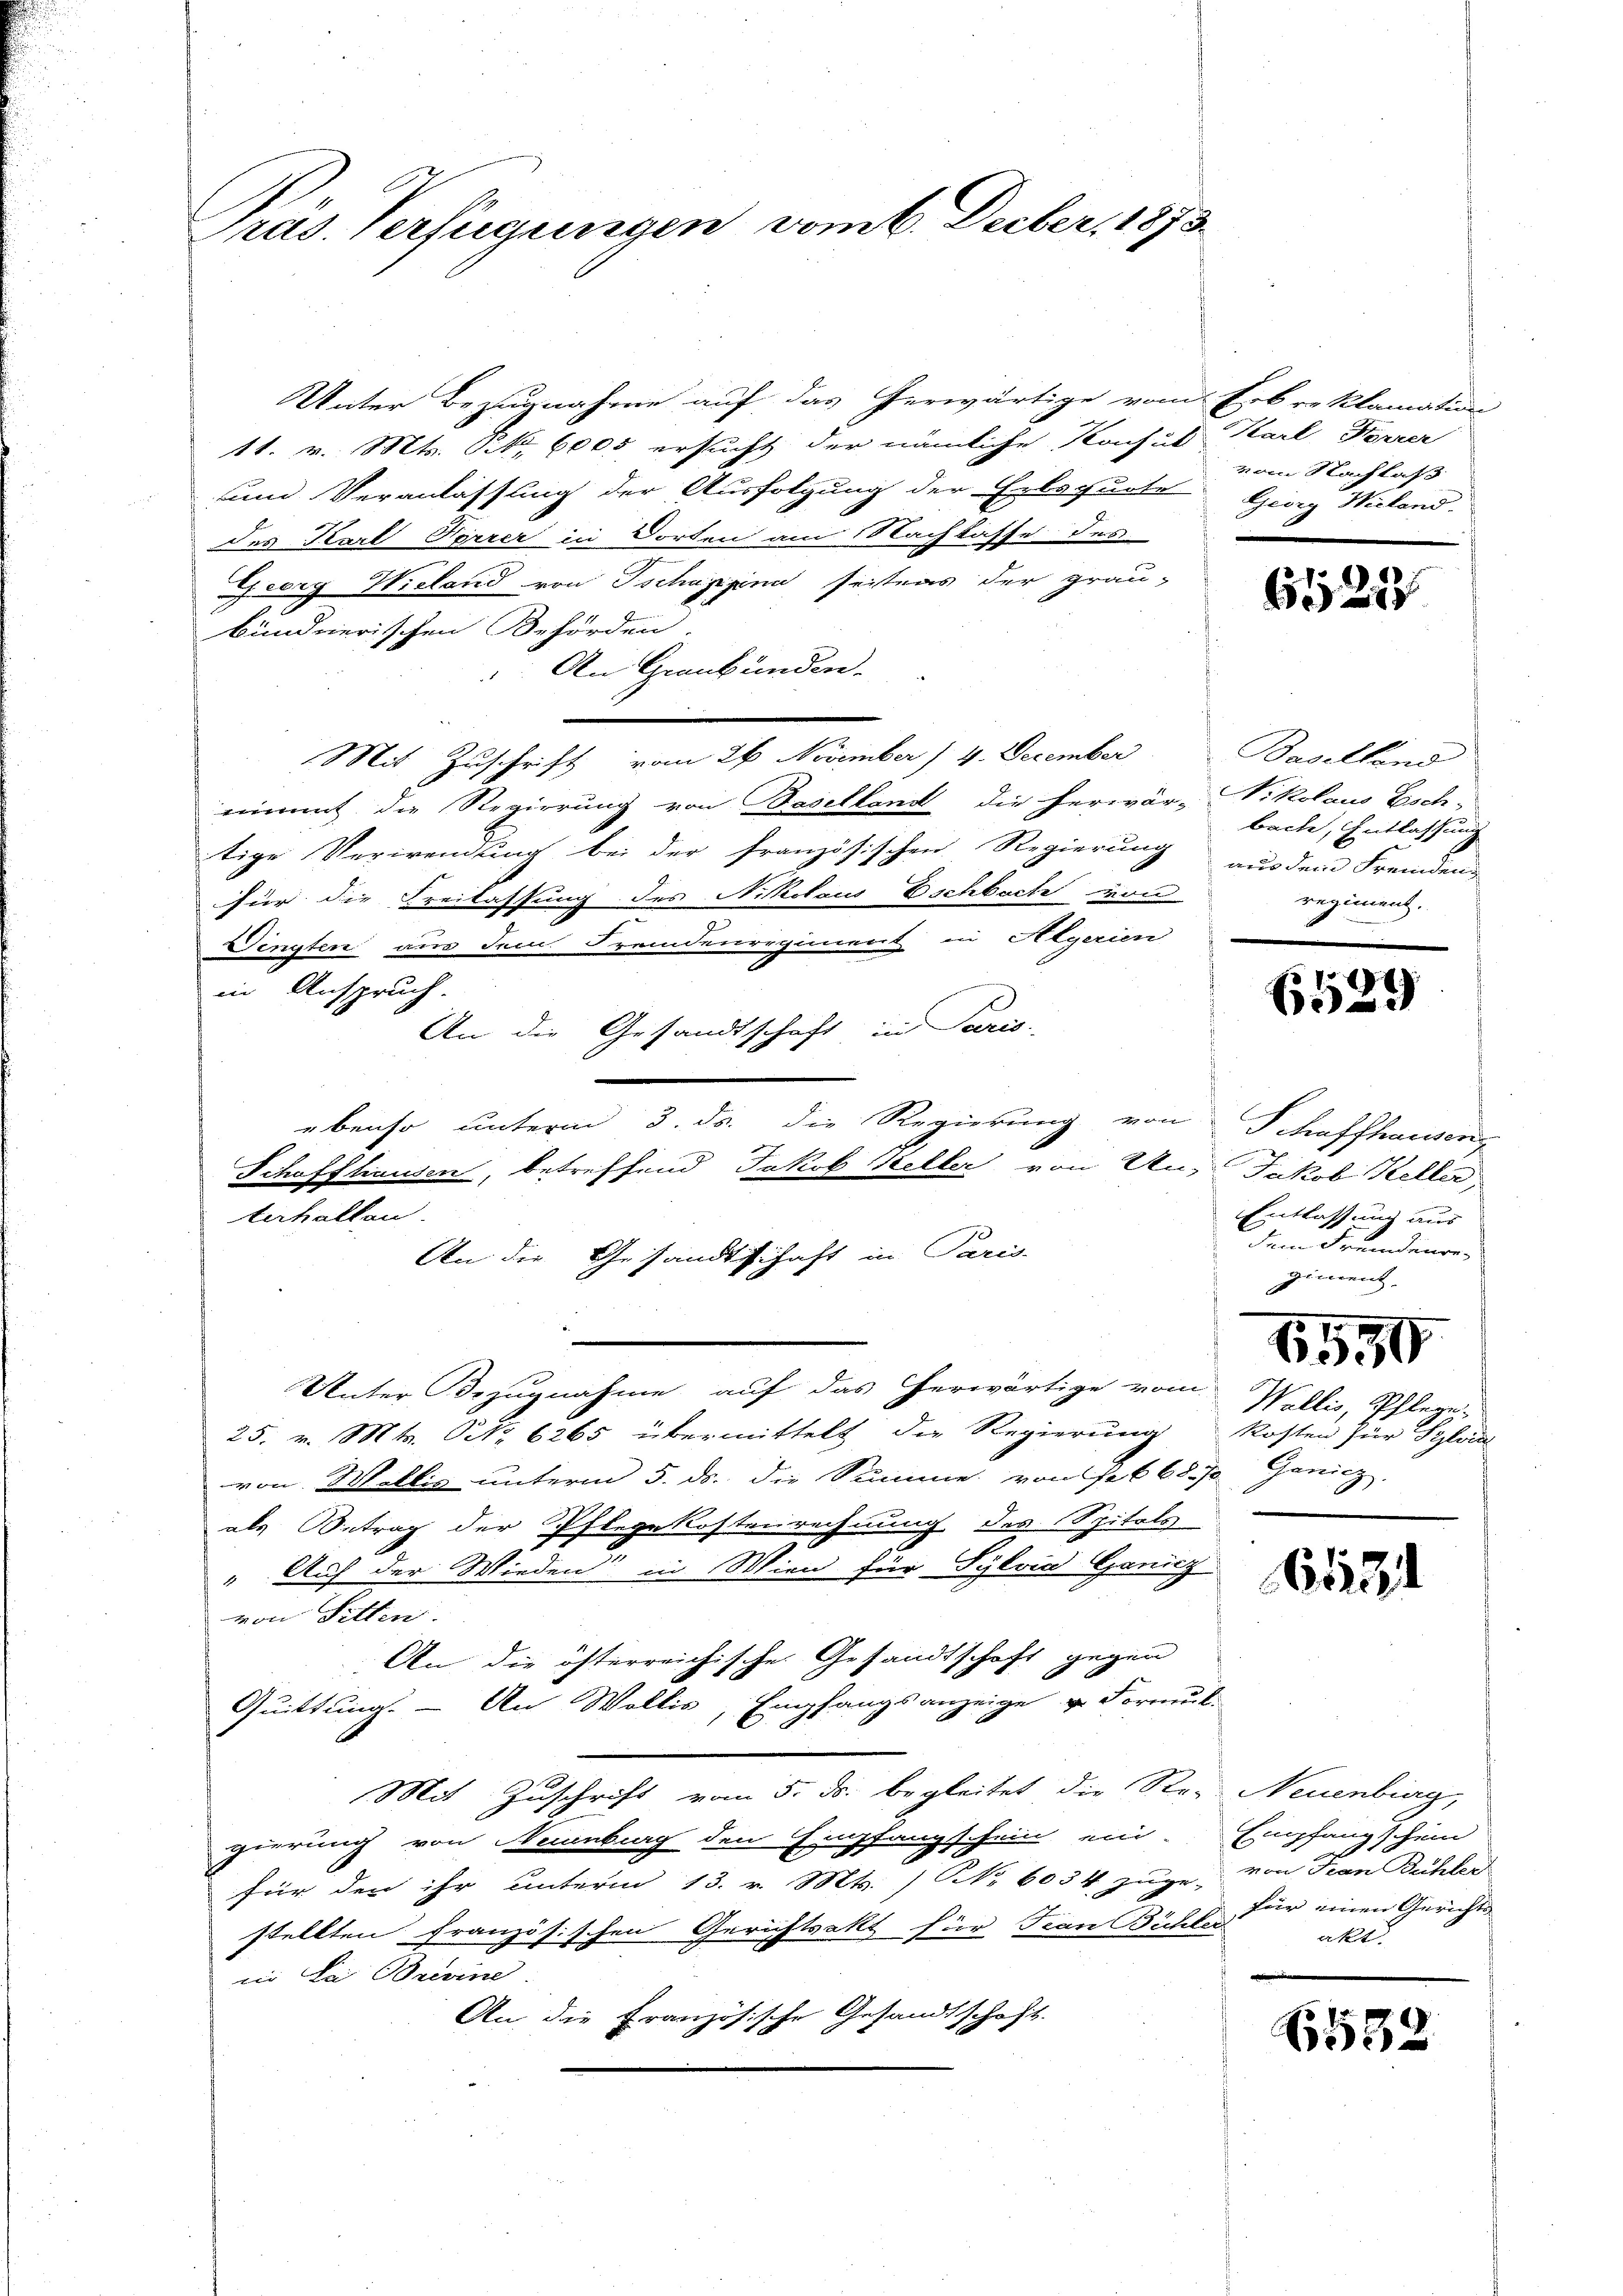
Pras. Verfügungen vom 6. Decber, 1873.

Unter Bezugnahme auf das herwärtige vom Erbreklamation
11. v. Mts. S. 6000 ersucht der nämliche Konsul Karl Korrer
und Veranlassung der Ausfolgung der Eilsquote
des Karl Forrer in Dorten am Nachlasse des
Zeorg Wieland von Tschuppina seitens der grau-
bündnerischen Behörden.
An Graubünden.
Mit Zuschrift vom 26 November / 4. December Baselland
nimmt die Regierung von Baselland die herwär-Nikolaus Esch-
tige Verwendung bei der französischen Regierung aus dem Fremden
für die Freilassung des Nikolaus Eschbach von
Dingten aus dem Fremdenregiment in Algerien
in Anspruch.
An die Gesandtschaft in Paris
ebenso unterm 3. ds. die Regierung von
Schaffhausen, betreffend Jakob Keller von Uns Jakob Keller,
An die Gesandtschaft in Paris-
Unter Bezugnahme auf das herwärtige vom
25. v. Mts. S. 6265 übermittelt die Regierung
von Willig unterm 5. ds. die Summe von Feb 68. 70. Genicz
als Betrag der Pflegekostenrechnung des Spitals
" Auf der Wieden“ in Wien für Sylvid Ganicz
von Pitten.
An die österreichische Gesandtschaft gegen
Quittung. - An Wallis, Empfangsanzeige u. Formuk-
Mit Zuschrift vom 5. ds. begleitet die Str. Neuenburg,
gierung von Neuenburg den Empfangschein ein. Empfangschein
für den ihr unterm 13. v. Mts. / NNo. 6034 zuge-
stellten französischen Gerichtsakt für Frau Bühle für einen Gerichts
in La Brixine
An die Französische Gesandtschaft.

terhalten.

v am Nachlaß
Georg Wielend.

6123

bache, Entlassung
regiment.

1
Desc

S Maffhausen,
Entlassung aus
dem Fremdenre-
giment

6590

Wallis, Pflege.
kosten für Sylvial

61131

von Fran Bühler
akt.

532